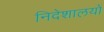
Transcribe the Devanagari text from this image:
निदेशालयों